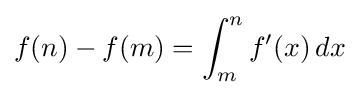
f(n)-f(m)=\int _{m}^{n}f'(x)\,dx